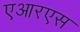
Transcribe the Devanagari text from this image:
एआरएस